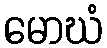
မောဃံ